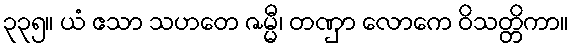
၃၃၅။ ယံ ဧသာ သဟတေ ဇမ္မီ၊ တဏှာ လောကေ ဝိသတ္တိကာ။